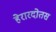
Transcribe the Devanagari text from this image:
हेरारदोतस